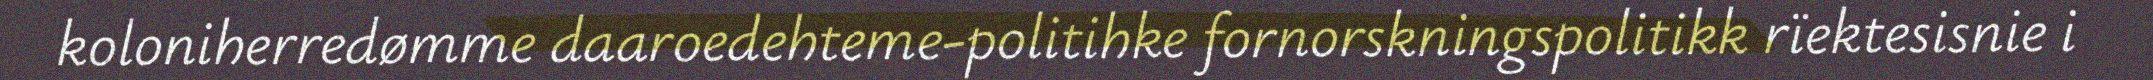
koloniherredømme daaroedehteme-politihke fornorskningspolitikk rïektesisnie i